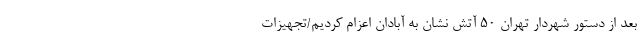
بعد از دستور شهردار تهران ۵۰ آتش نشان به آبادان اعزام کردیم/تجهیزات